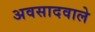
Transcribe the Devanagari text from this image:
अवसादवाले